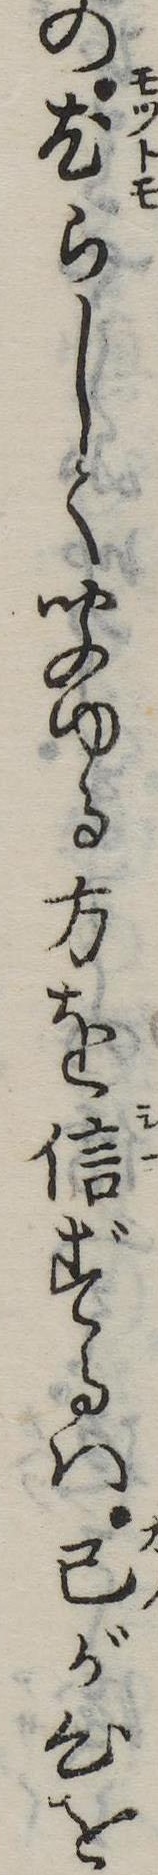
の尤らしく聞ゆる方を信ずるは己が心を